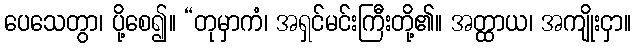
ပေသေတွာ၊ ပို့စေ၍။ “တုမှာကံ၊ အရှင်မင်းကြီးတို့၏။ အတ္ထာယ၊ အကျိုးငှာ။